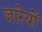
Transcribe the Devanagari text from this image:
जारेयों